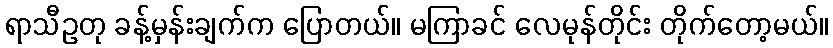
ရာသီဥတု ခန့်မှန်းချက်က ပြောတယ်။ မကြာခင် လေမုန်တိုင်း တိုက်တော့မယ်။